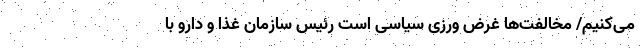
می‌‌کنیم/ مخالفت‌ها غرض‌ ورزی سیاسی است رئیس سازمان غذا و دارو با